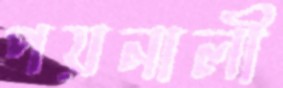
পয়নালী